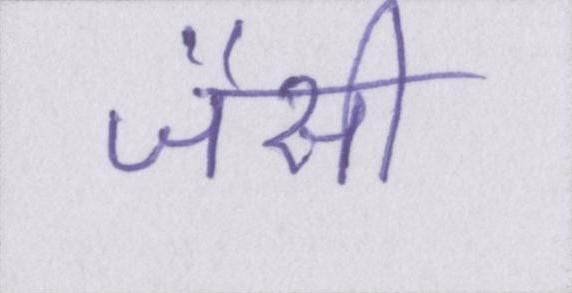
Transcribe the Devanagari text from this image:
जैसी